Sketch of the medical history of the native army of Bombay, for the year
Year: 1875
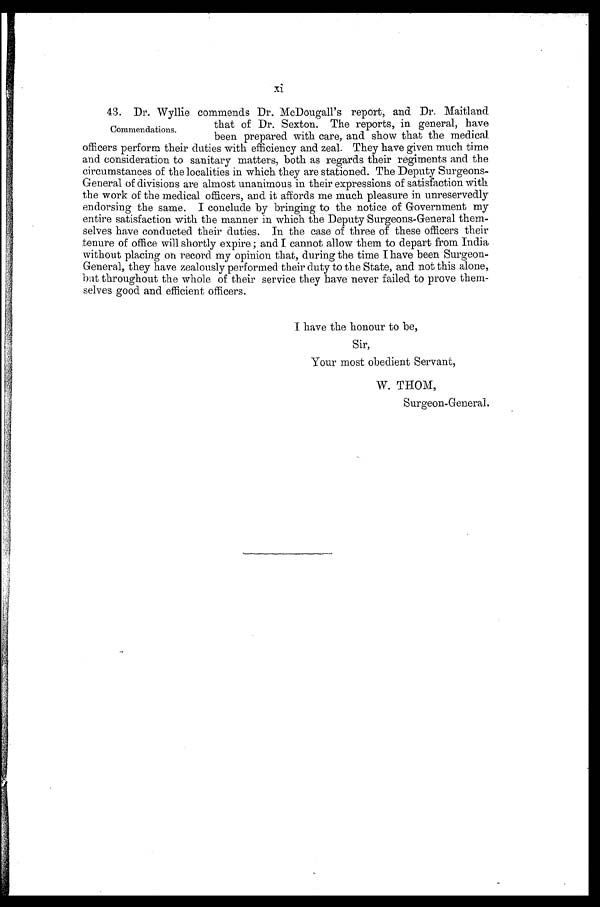
xi
43. Dr. Wyllie commends Dr. McDougall's report, and Dr. Maitland
that of Dr. Sexton. The reports, in general, have
been prepared with care, and show that the medical
officers perform their duties with efficiency and zeal. They have given much time
and consideration to sanitary matters, both as regards their regiments and the
circumstances of the localities in which they are stationed. The Deputy Surgeons
-
General of divisions are almost unanimous in their expressions of satisfaction with
the work of the medical officers, and it affords me much pleasure in unreservedly
endorsing the same. I conclude by bringing to the notice of Government my
entire satisfaction with the manner in which the Deputy Surgeons-General them
-
selves have conducted their duties. In the case of three of these officers their
tenure of office will shortly expire; and I cannot allow them to depart from India
without placing on record my opinion that, during the time I have been Surgeon
-
General, they have zealously performed their duty to the State, and not this alone,
but throughout the whole of their service they have never failed to prove them
-
selves good and efficient officers.
I have the honour to be,
Sir,
Your most obedient Servant,
W.THOM,
Surgeon-General.
Commendations.